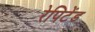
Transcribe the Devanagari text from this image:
रेपिटेंड